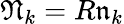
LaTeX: \mathfrak{N}_{k}=R\mathfrak{n}_{k}